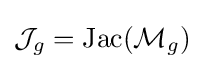
{\mathcal {J}}_{g}=\operatorname {Jac} ({\mathcal {M}}_{g})